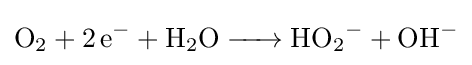
{\ce {O2 + 2e- + H2O -> HO2- + OH-}}